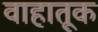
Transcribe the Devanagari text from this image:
वाहातूक